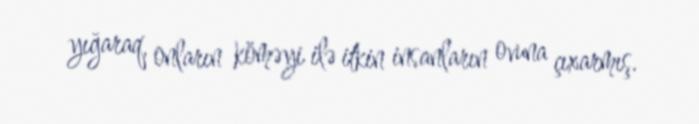
yığaraq, onların köməyi ilə itkin insanların ovuna çıxarmış.